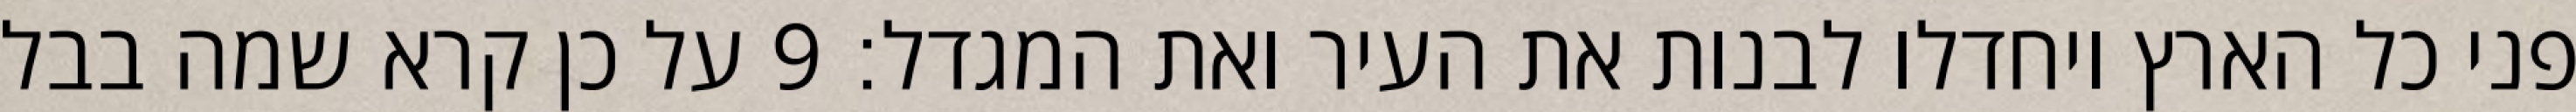
פני כל הארץ ויחדלו לבנות את העיר ואת המגדל׃ ‎9‏ על כן קרא שמה בבל